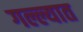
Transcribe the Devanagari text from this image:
गल्ल्यात